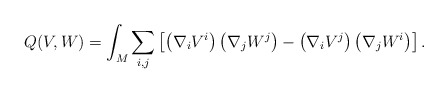
\begin{align*} Q(V,W) = \int_M \sum_{i,j} \left[ \left( \nabla_i V^i \right) \left( \nabla_j W^j \right) -\left( \nabla_i V^j \right) \left( \nabla_j W^i \right) \right].\end{align*}